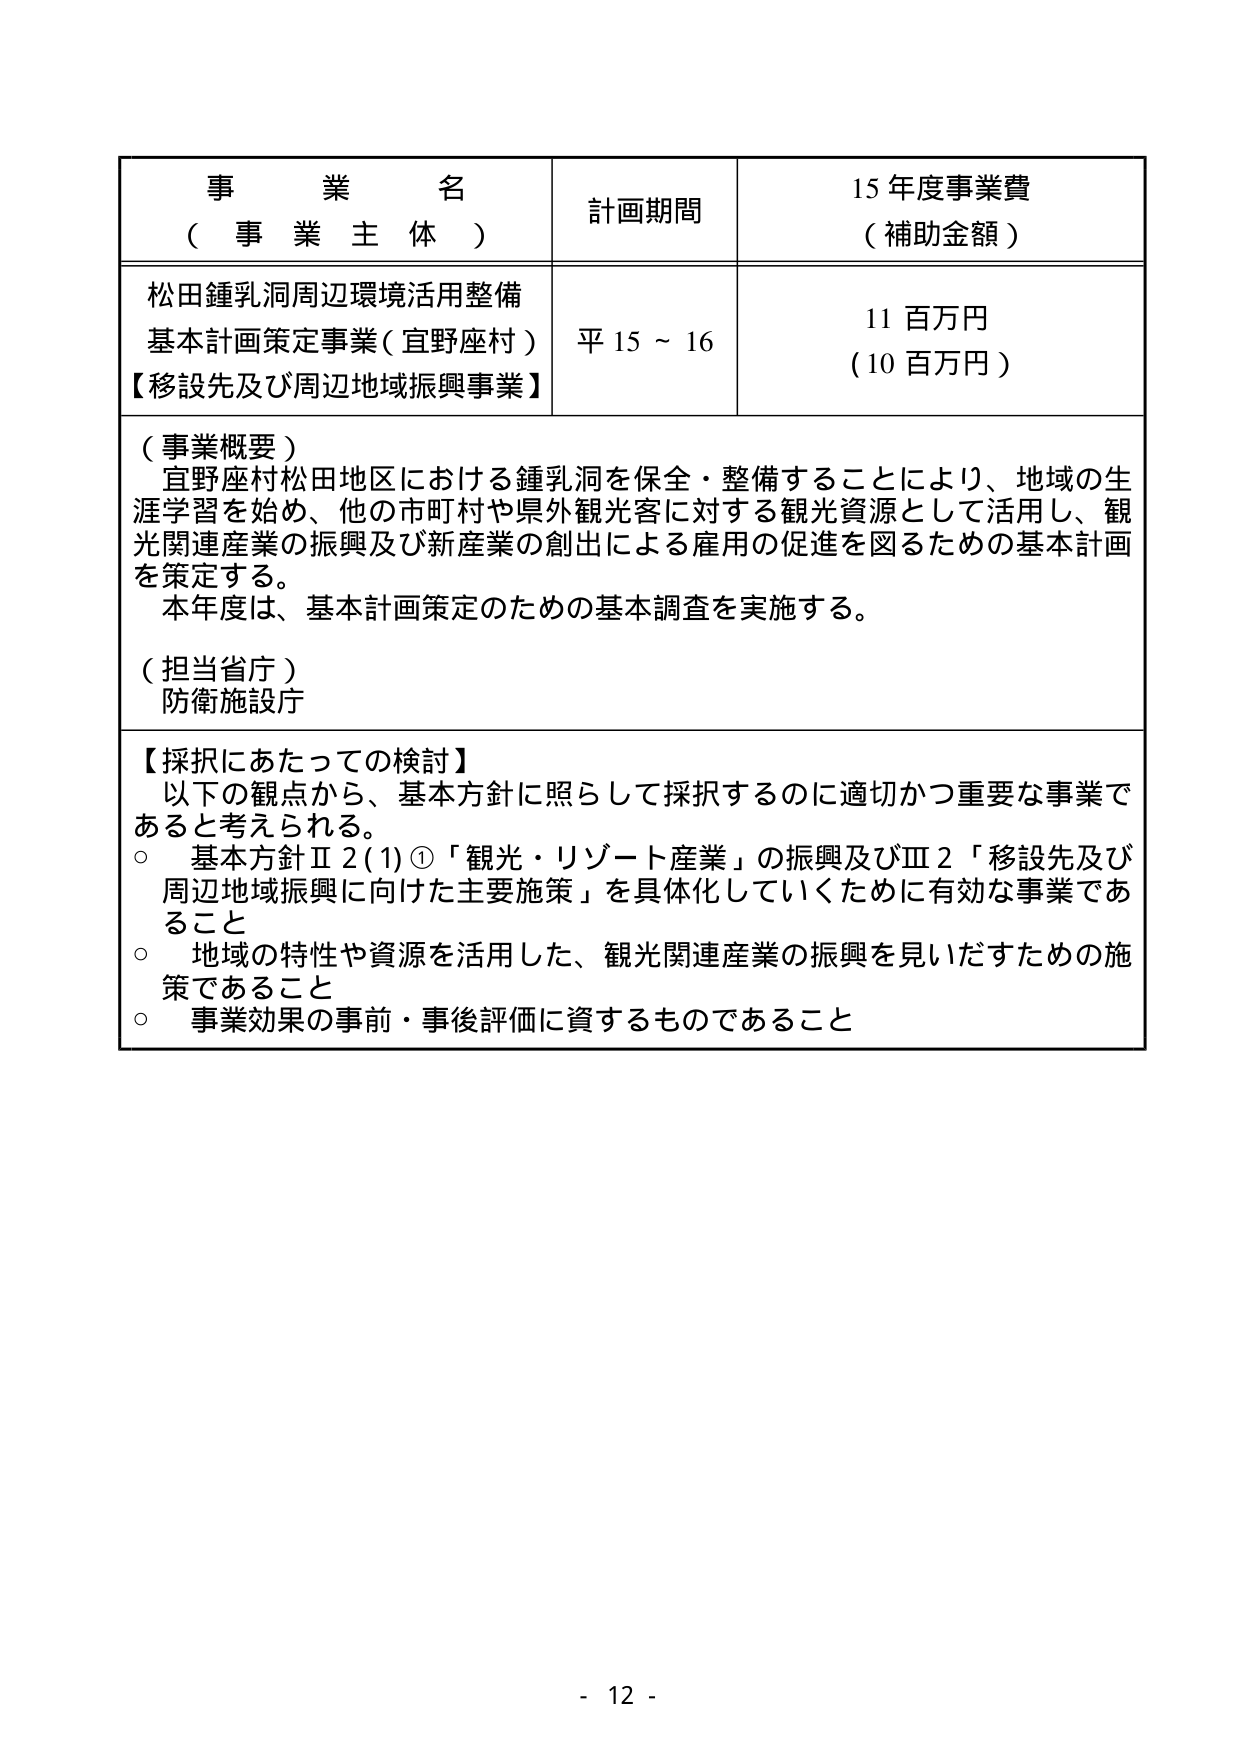
事 業 名
（ 事 業 主 体 ）
計画期間
15 年度事業費
（ 補助金額 ）

松田鍾乳洞周辺環境活用整備
基本計画策定事業（宜野座村）
【移設先及び周辺地域振興事業】
平 15 ～ 16
11 百万円
（10 百万円）

（事業概要）
宜野座村松田地区における鍾乳洞を保全・整備することにより、地域の生涯学習を始め、他の市町村や県外観光客に対する観光資源として活用し、観光関連産業の振興及び新産業の創出による雇用の促進を図るための基本計画を策定する。
本年度は、基本計画策定のための基本調査を実施する。

（担当省庁）
防衛施設庁

【採択にあたっての検討】
以下の観点から、基本方針に照らして採択するのに適切かつ重要な事業であると考えられる。
○ 基本方針Ⅱ2(1)①「観光・リゾート産業」の振興及びⅢ2「移設先及び周辺地域振興に向けた主要施策」を具体化していくために有効な事業であること
○ 地域の特性や資源を活用した、観光関連産業の振興を見いだすための施策であること
○ 事業効果の事前・事後評価に資するものであること

- 12 -